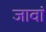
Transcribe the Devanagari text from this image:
जावां